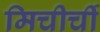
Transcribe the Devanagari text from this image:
मिचीर्ची